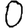
Digit: 0